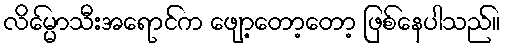
လိမ္မော်သီးအရောင်က ဖျော့တော့တော့ ဖြစ်နေပါသည်။